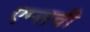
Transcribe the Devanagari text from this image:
एम्सची